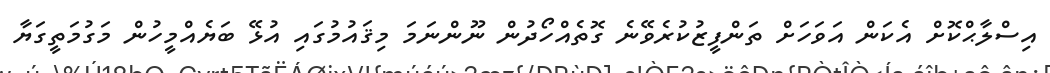
އިސްލާޙްކޮށް އެކަން އަވަހަށް ތަންފީޒުކުރެވޭނެ ގޮތެއްހޯދުން ނޫންނަމަ މިޤައުމުގައި އުޅޭ ބަޔެއްމީހުން މަގުމަތީގަޔާ